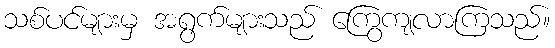
သစ်ပင်များမှ အရွက်များသည် ကြွေကျလာကြသည်။